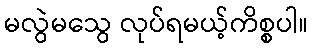
မလွဲမသွေ လုပ်ရမယ့်ကိစ္စပါ။